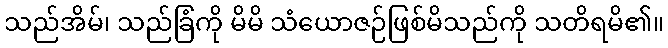
သည်အိမ်၊ သည်ခြံကို မိမိ သံယောဇဉ်ဖြစ်မိသည်ကို သတိရမိ၏။